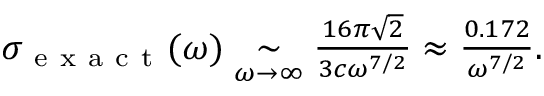
\begin{array} { r } { \sigma _ { \mathrm { ~ e ~ x ~ a ~ c ~ t ~ } } ( \omega ) \underset { \omega \to \infty } { \sim } \frac { 1 6 \pi \sqrt { 2 } } { 3 c \omega ^ { 7 / 2 } } \approx \frac { 0 . 1 7 2 } { \omega ^ { 7 / 2 } } . } \end{array}